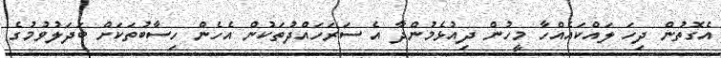
އެގޮތުން ދިހަ ލައްކައެއްހާ މީހުން ދިއުޅެމުންދާ އެ ސަރަހައްދުތަކުން އެހެން ހިސާބުތަކަށް ބަދަލުވުމުގެ